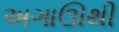
અગાઊથી